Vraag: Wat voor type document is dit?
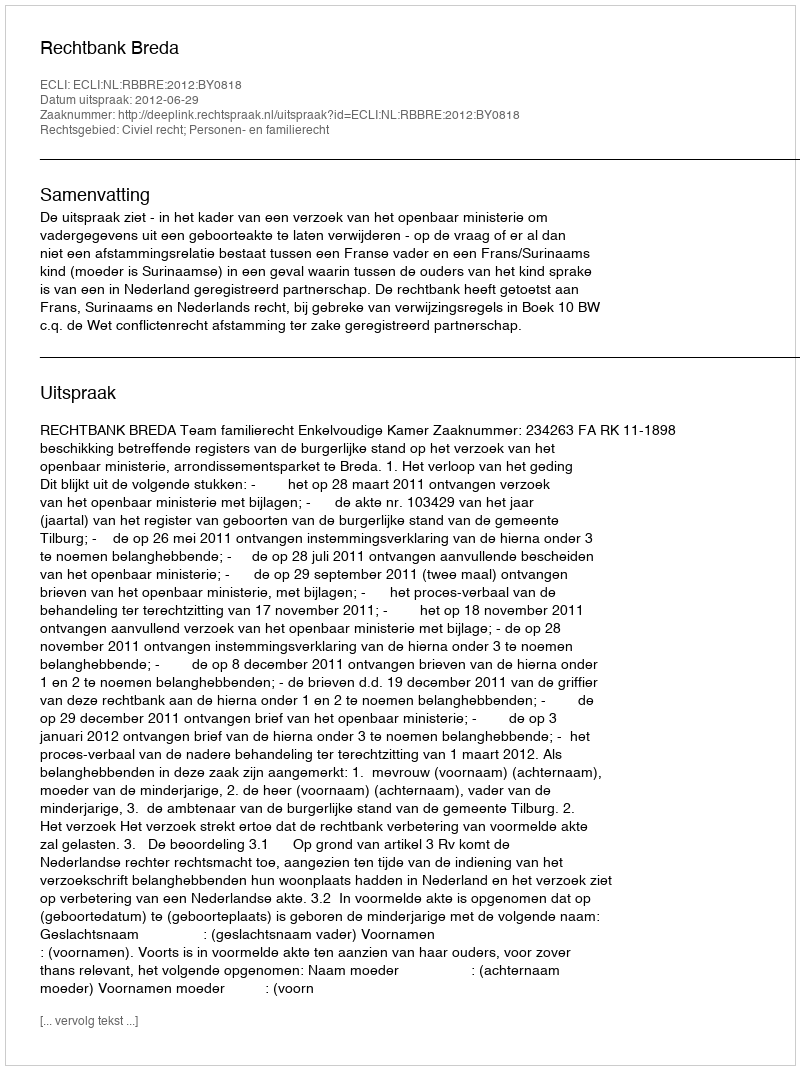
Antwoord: Uitspraak